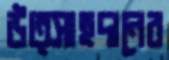
উত্সাহদানের